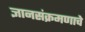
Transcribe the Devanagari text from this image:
ज्ञानसंक्रमणाचे